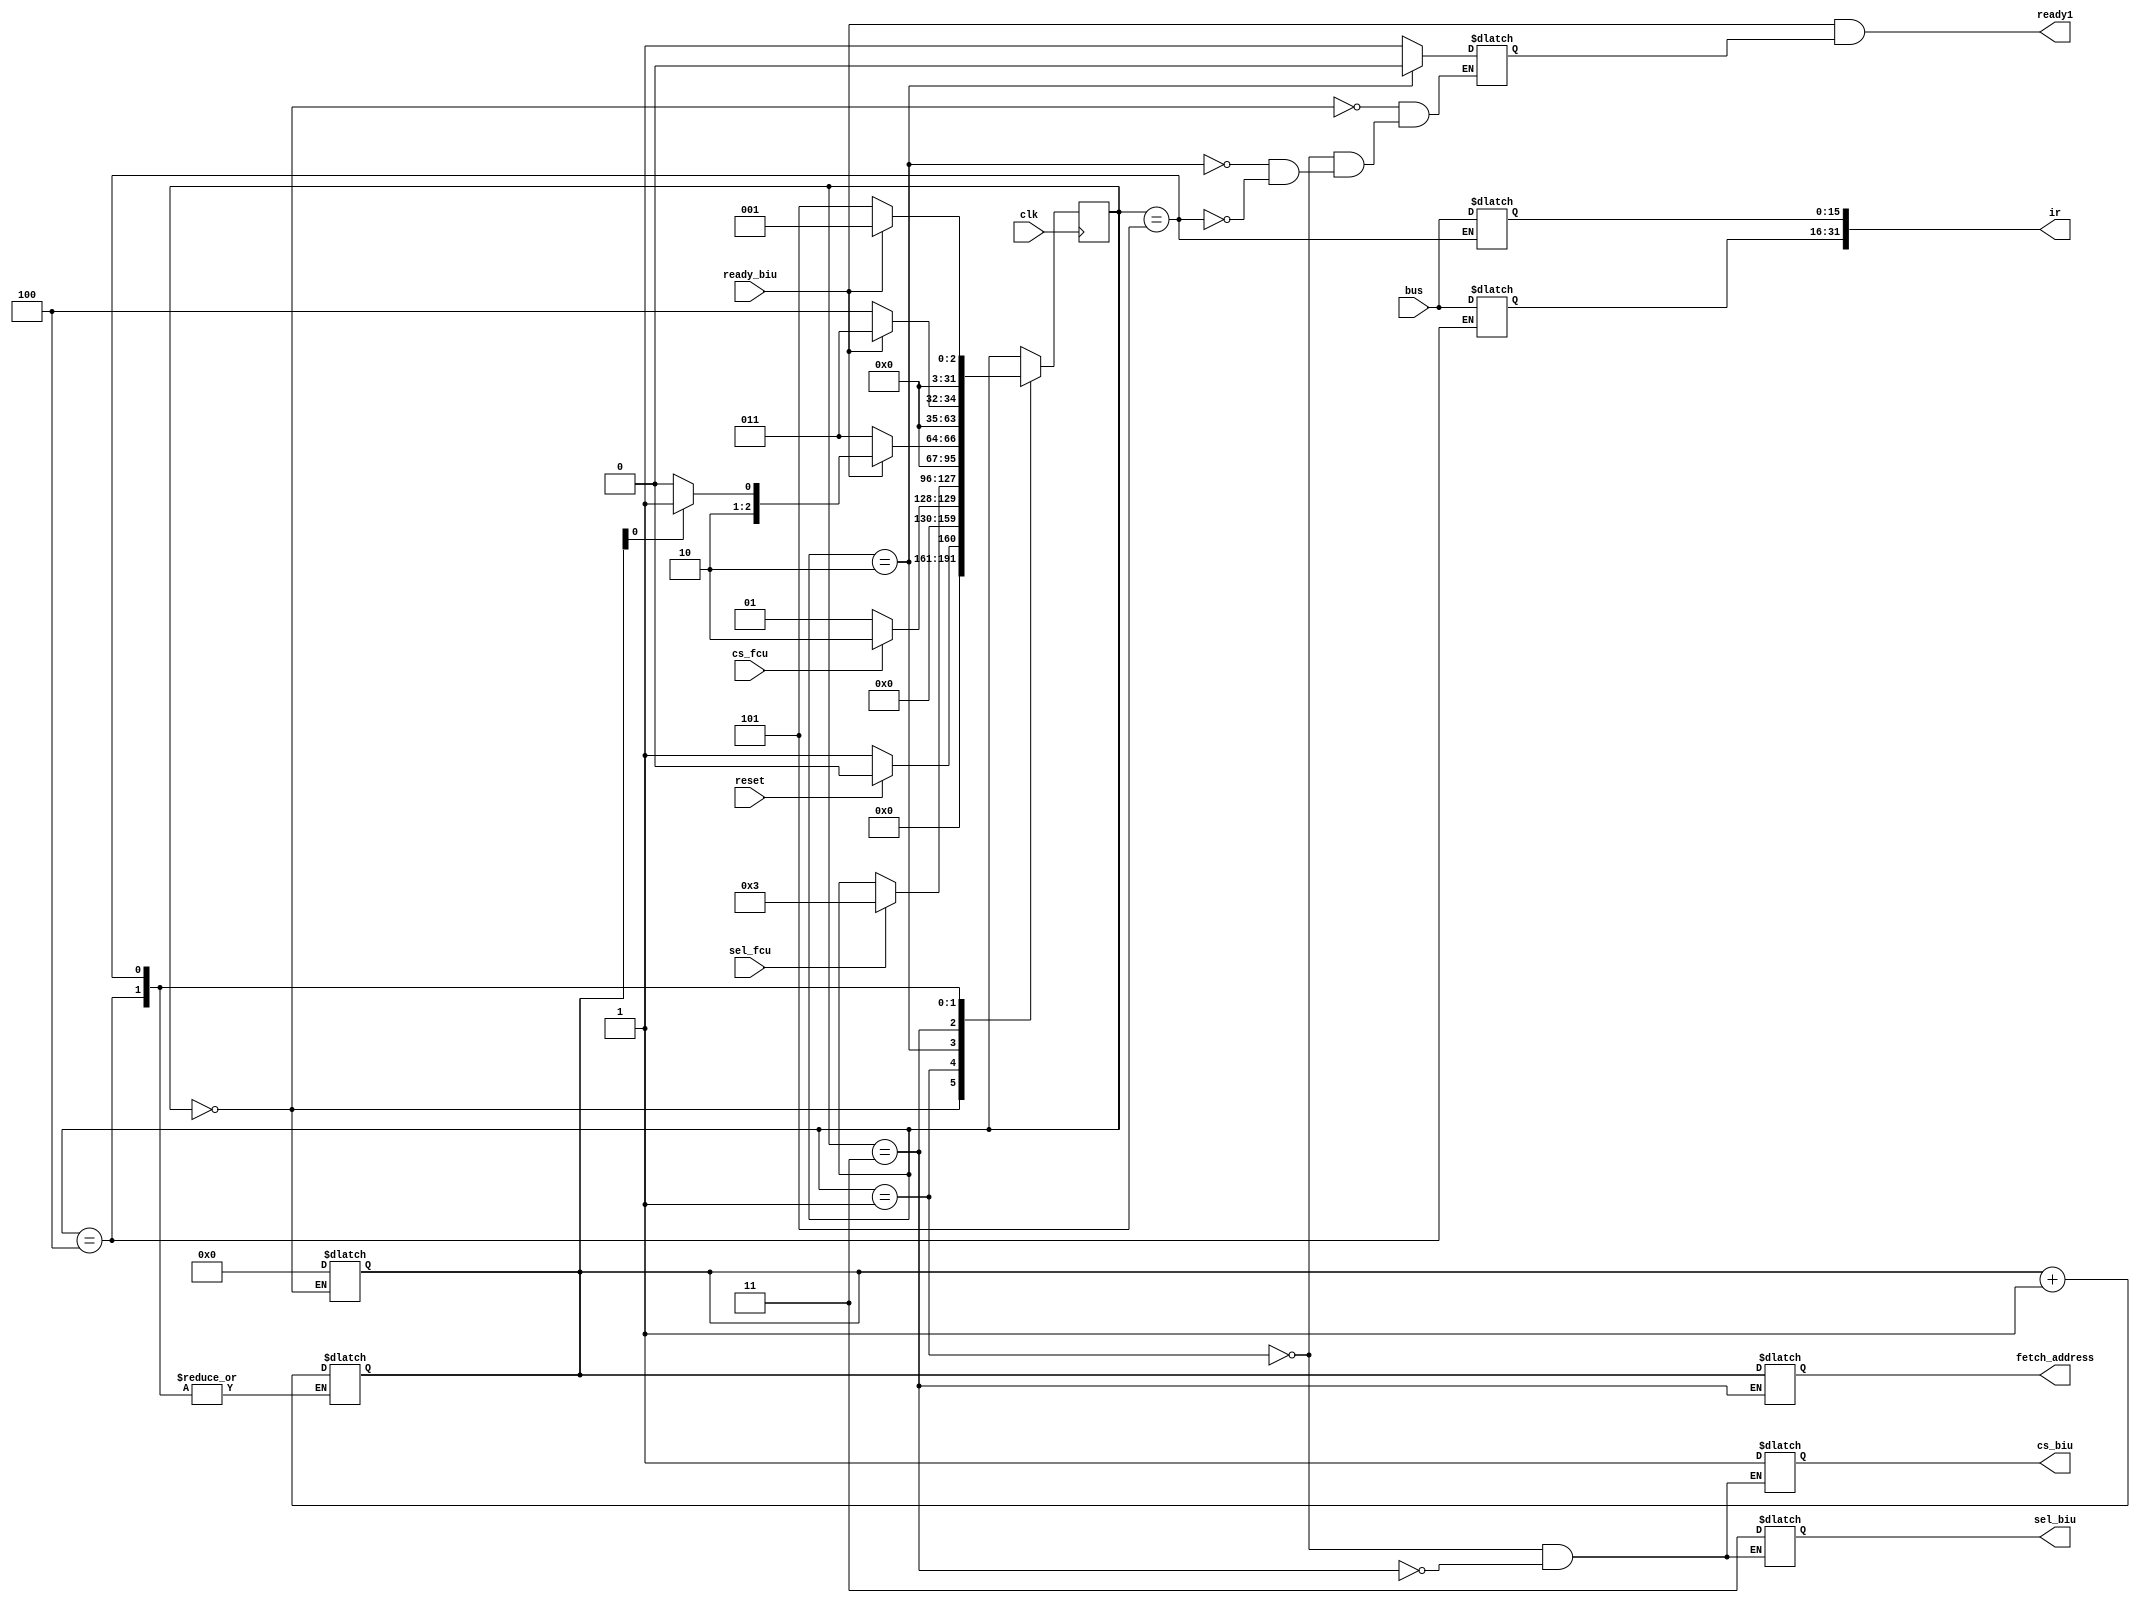
`timescale 1ns / 1ps
//////////////////////////////////////////////////////////////////////////////////
// Company: 
// Engineer: 
// 
// Design Name: 
// Module Name: fcu
// Project Name: 
// Target Devices: 
// Tool Versions: 
// Description: 
// 
// Dependencies: 
// 
// Revision:
// Revision 0.01 - File Created
// Additional Comments:
// 
//////////////////////////////////////////////////////////////////////////////////

//fetch control unit
module fcu(clk,reset,cs_fcu,sel_fcu,ready1,fetch_address,ir,bus,sel_biu,cs_biu,ready_biu);
input cs_fcu,clk,sel_fcu,reset,ready_biu;
input [15:0] bus;
output ready1;
output reg cs_biu;
output reg [1:0] sel_biu;
output [31:0] ir;
output  reg [15:0] fetch_address;
reg [15:0] pc;
reg [31:0] ir;
reg ready;
integer state=0;

always@(posedge clk)
begin
case(state)
0:begin
if(reset)
state=0;
else
state=1;
end
1:begin
if(cs_fcu)
state=2;
else
state=1;
end
2:begin
if(sel_fcu==1'b1)//regular mode
state=3;
end
3:begin
if(ready_biu)
begin
if(pc[0])//even
state=5;
else//odd
state=4;
end
else
state=3;
end
4:begin
if(ready_biu)
state=3;
else
state=4;
end
5:begin
if(ready_biu)
state=1;
else
state=5;
end
endcase
end

always@(state,bus)
begin
case(state)
0:begin 
pc=0;
ready=1;
end
1:begin
ready=1;
cs_biu=1'bZ;
sel_biu=2'dZ;
end
2:ready=0;
3:begin
cs_biu=1;
sel_biu=2'b11;
fetch_address=pc;
end
4:begin
ir[31:16]=bus;//upper
end
5:begin
ir[15:0]=bus;//lower
ready=1;
end
endcase
end

always@(state)
begin
case(state)
4,5:pc=pc+1;
endcase
end

assign ready1= ready_biu&ready;
endmodule